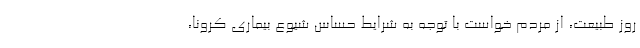
روز طبیعت، از مردم خواست با توجه به شرایط حساس شیوع بیماری کرونا،